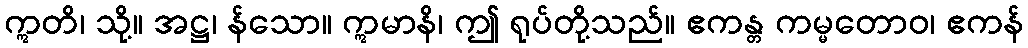
ဣတိ၊ သို့။ အဋ္ဌ၊ န်သော။ ဣမာနိ၊ ဤ ရုပ်တို့သည်။ ဧကန္တ ကမ္မတောဝ၊ ဧကန်